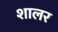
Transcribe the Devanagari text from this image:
शालर